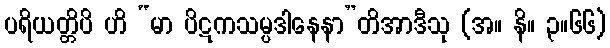
ပရိယတ္တိပိ ဟိ “မာ ပိဋကသမ္ပဒါနေနာ”တိအာဒီသု (အ။ နိ။ ၃။၆၆)